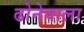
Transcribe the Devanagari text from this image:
ढोनेवाला